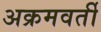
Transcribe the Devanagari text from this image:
अक्रमवर्ती